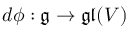
d \phi : { \mathfrak { g } } \to { \mathfrak { g l } } ( V )